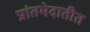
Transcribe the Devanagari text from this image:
प्रांतभेदातीत